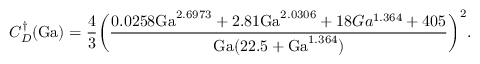
C _ { D } ^ { \dagger } ( \mathrm { G a } ) = \frac { 4 } { 3 } \bigg ( \frac { 0 . 0 2 5 8 \mathrm { G a } ^ { 2 . 6 9 7 3 } + 2 . 8 1 \mathrm { G a } ^ { 2 . 0 3 0 6 } + 1 8 G a ^ { 1 . 3 6 4 } + 4 0 5 } { \mathrm { G a } ( 2 2 . 5 + \mathrm { G a } ^ { 1 . 3 6 4 } ) } \bigg ) ^ { 2 } .